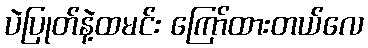
ပဲပြုတ်နဲ့ထမင်း ကြော်ထားတယ်လေ